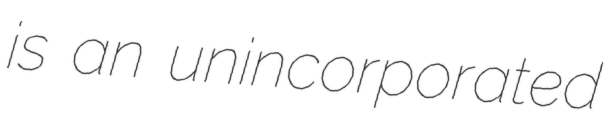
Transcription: is an unincorporated